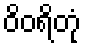
ဝိဝရိတုံ